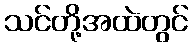
သင်တို့အထဲတွင်